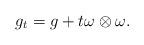
LaTeX: \begin{align*}g_t=g+t\omega\otimes\omega.\end{align*}